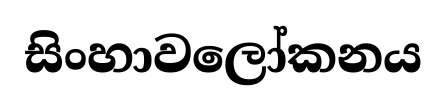
සිංහාවලෝකනය